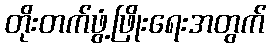
တိုးတက်ဖွံ့ဖြိုးရေးအတွက်